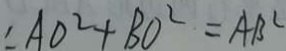
\therefore A O ^ { 2 } + B O ^ { 2 } = A B ^ { 2 }